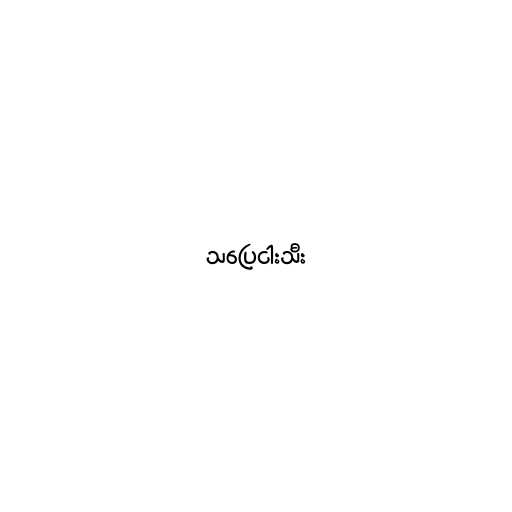
သပြေငါးသီး